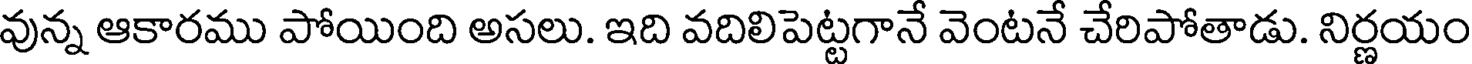
వున్న ఆకారము పోయింది అసలు. ఇది వదిలిపెట్టగానే వెంటనే చేరిపోతాడు. నిర్ణయం